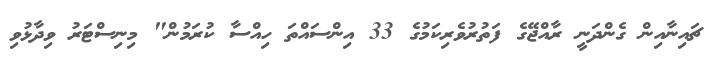
ޗައިނާއިން ގެންދަނީ ރާއްޖޭގެ ފަތުރުވެރިކަމުގެ 33 އިންސައްތަ ހިއްސާ ކުރަމުން" މިނިސްޓަރު ވިދާޅުވި